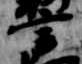
宰